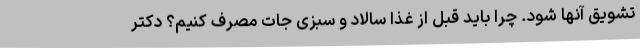
تشویق آنها شود. چرا باید قبل از غذا سالاد و سبزی جات مصرف کنیم؟ دکتر